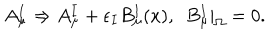
A _ { \mu } ^ { I } \Rightarrow A _ { \mu } ^ { I } + \epsilon _ { I } B _ { \mu } ^ { I } ( x ) , ~ ~ B _ { \mu } ^ { I } | _ { \Omega } = 0 .